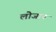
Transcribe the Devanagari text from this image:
लोजान